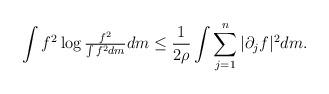
LaTeX: \begin{align*} \int f^2 \log \tfrac{f^2}{\int f^2 dm} dm \leq \frac{1}{2\rho} \int \sum_{j=1}^n |\partial_j f|^2 d m. \end{align*}